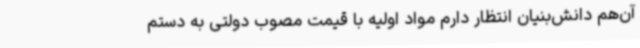
آن‌هم دانش‌بنیان انتظار دارم مواد اولیه با قیمت مصوب دولتی به دستم